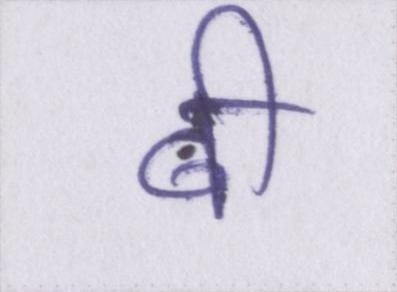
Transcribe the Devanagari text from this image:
बी